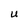
Character: U